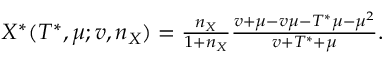
\begin{array} { r } { X ^ { \ast } ( T ^ { \ast } , \mu ; v , n _ { X } ) = \frac { n _ { X } } { 1 + n _ { X } } \frac { v + \mu - v \mu - T ^ { \ast } \mu - \mu ^ { 2 } } { v + T ^ { \ast } + \mu } . } \end{array}